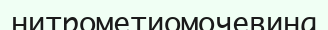
нитрометиомочевина